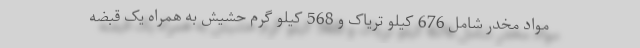
مواد مخدر شامل 676 کیلو تریاک و 568 کیلو گرم حشیش به همراه یک قبضه